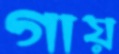
গায়